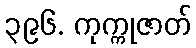
၃၉၆. ကုက္ကုဇာတ်